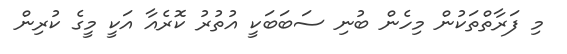
މި ފަރާތްތަކުން މިހެން ބުނި ސަބަބަކީ އުތުރު ކޮރެއާ އަކީ މީގެ ކުރިން